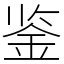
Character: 鉴